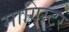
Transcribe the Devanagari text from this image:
मागिस्टर